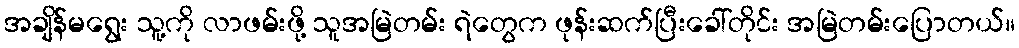
အချိန်မရွေး သူ့ကို လာဖမ်းဖို့ သူအမြဲတမ်း ရဲတွေက ဖုန်းဆက်ပြီးခေါ်တိုင်း အမြဲတမ်းပြောတယ်။